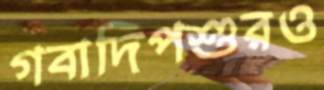
গবাদিপশুরও